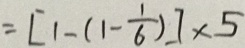
= [ 1 - ( 1 - \frac { 1 } { 6 } ) ] \times 5